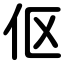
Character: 伛